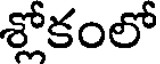
శ్లోకంలో